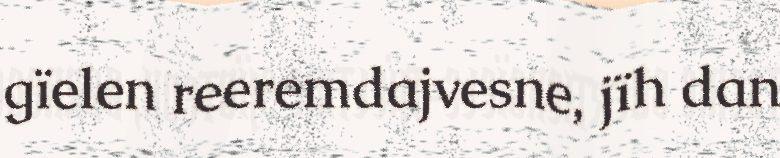
gïelen reeremdajvesne, jïh dan